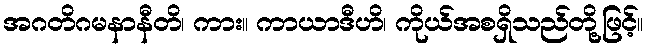
အဂတိဂမနာနီတိ၊ ကား။ ကာယာဒီဟိ၊ ကိုယ်အစရှိသည်တို့ဖြင့်။